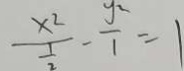
\frac { x ^ { 2 } } { \frac { 1 } { 2 } } - \frac { y ^ { 2 } } { 1 } = 1